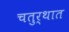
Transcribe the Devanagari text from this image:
चतुर्थात